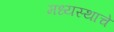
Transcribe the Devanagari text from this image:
मध्यस्थाचे